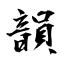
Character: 韻